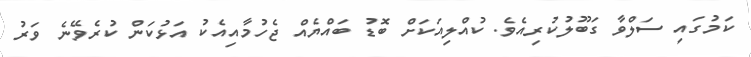
ކަމުގައި ސަލްވާ ގަބޫލުކުރިއެވެ. ކުއްލިއަކަށް ބޮޑު ބައްޔެއް ޖެހުމާއިއެކު އަޅުކަން ކުރެވޭނެ ވަރު